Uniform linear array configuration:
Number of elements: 64
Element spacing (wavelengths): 0.25
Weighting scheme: uniform
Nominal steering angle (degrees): -15
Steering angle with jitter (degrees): -13.463
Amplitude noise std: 0.05
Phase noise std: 0.05

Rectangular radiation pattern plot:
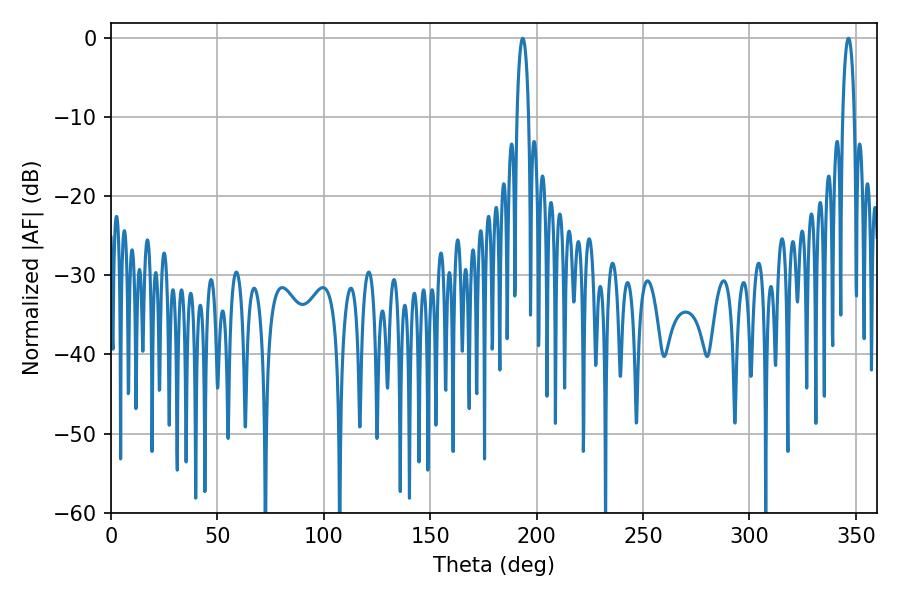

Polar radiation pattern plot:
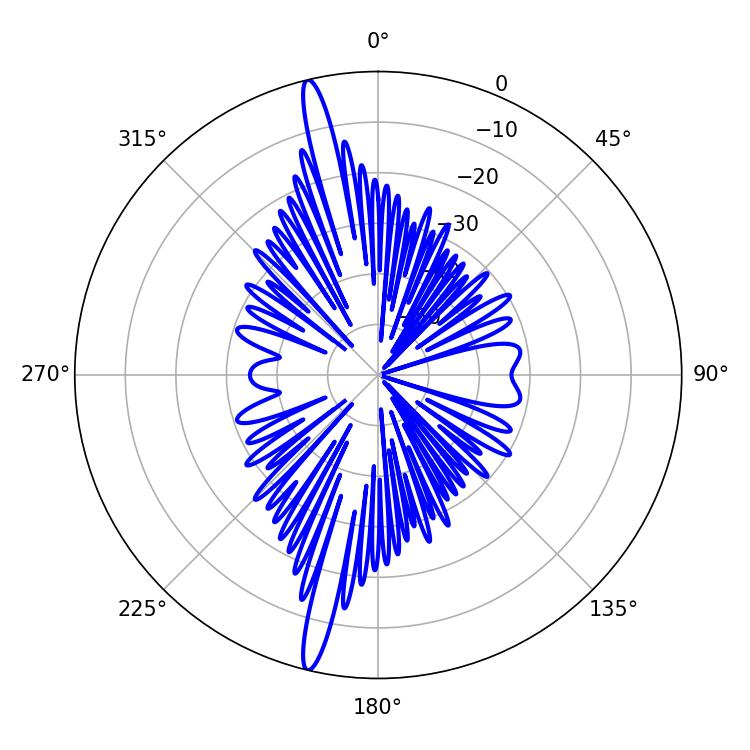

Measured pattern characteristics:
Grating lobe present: FALSE
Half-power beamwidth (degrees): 3.06
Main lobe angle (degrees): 346.5